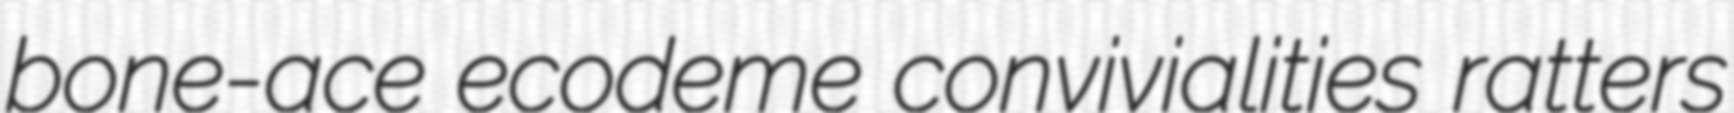
bone-ace ecodeme convivialities ratters